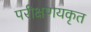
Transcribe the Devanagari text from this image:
परीक्षणयकृत